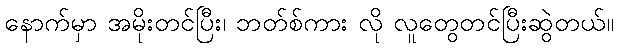
နောက်မှာ အမိုးတင်ပြီး၊ ဘတ်စ်ကား လို လူတွေတင်ပြီးဆွဲတယ်။